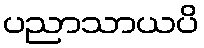
ပညာသာယပိ